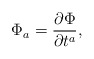
\begin{align*}\Phi_a=\frac{\partial\Phi}{\partial t^a},\end{align*}